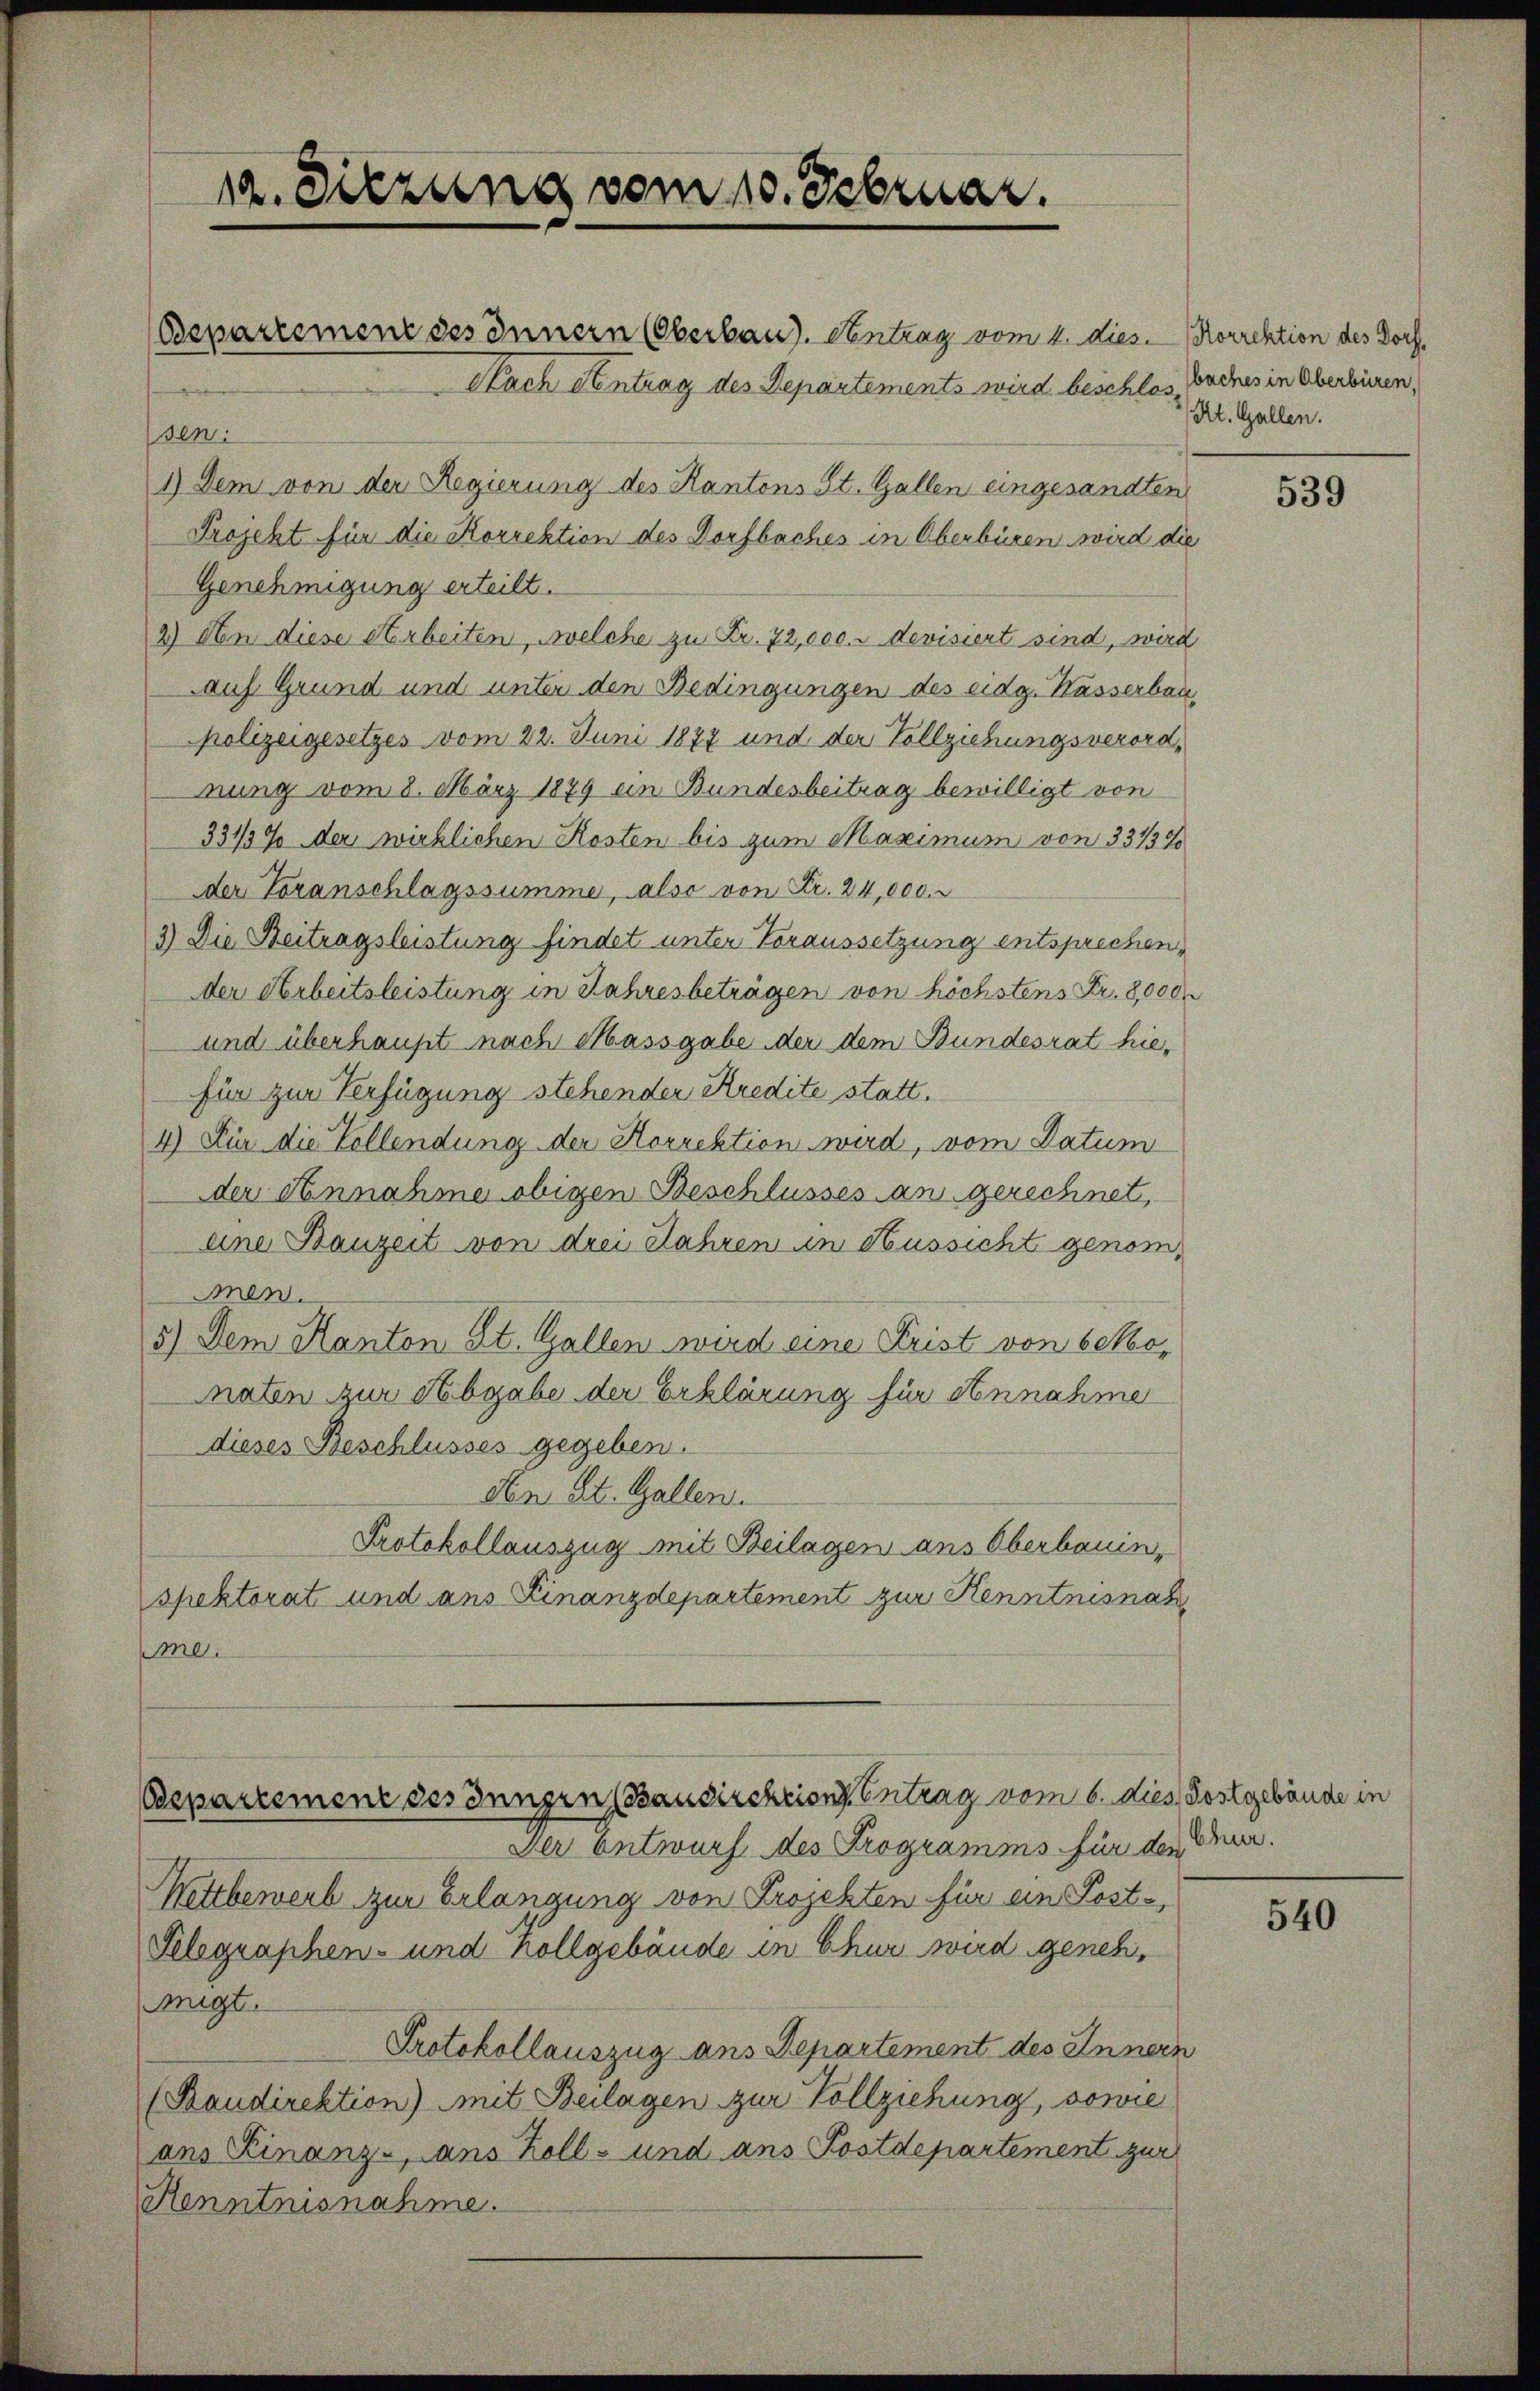
12. Diezung vom 10. Februar.

Bepartement des Inngen Bausischcion Eintrag/Antrag vom 6. dies, Kostgebäude in

Der Entwurf des Programms für der den
Wettbewerb zur Erlangung von Projekten für ein Post-
Pelegraphen- und hollgebäude in Chur wird genehmigt.
Protokollauszug ans Departement des Innern
(Baudirektion) mit Beilagen zur Vollziehung, sowie
ans Kinanz- ans Koll- und ans Postdepartement zur
Henntnisnahme.

Bepartement des Innern (Oberbau). Antrag vom 4. dies. Korrektion des Doch
Nach Steintrag des Departements wird beschlosssen:
1) Dem von der Regierung des Kantons St. Gallen eingesandten
Projekt für die Korrektion des Dorfbaches in Oberbüren wird die
Genehmigung erteilt.
2) An diese Arbeiten, welche zu Fr. 72,000. u devisiert sind, wird
auf Grund und unter den Bedingungen des eidg. Kasserbau-
polizeigesetzes vom 22. Juni 1877 und der Vollziehungsverordnung vom 8. März 1879 ein Bundesbeitrag bewilligt von
3315% der wirklichen Kosten bis zum Maximum von 33137
der Voranschlagssumme, also von Fr. 24,000.
3) Die Beitragsleistung findet unter Voraussetzung entsprechender Arbeitsleistung in Jahresbeträgen von höchstens Fr. 8,000
und überhaupt nach Massgabe der dem Bundesrat hiefür zur Verfügung stehender Kredite statt¬
4) Für die Vollendung der Korrektion wird, vom Datum
der Annahme obigen Beschlusses an gerechnet,
eine Bauzeit von drei Jahren in Aussicht genommen.
5.) Dem Hanton St. Gallen wird eine Frist von bekomnaten zur Abgabe der Erklärung für Annahme
dieses Beschlusses gegeben.
den St. Gallen.
Protokollauszug mit Beilagen ans Oberbauin,
spektorat und ans Finanzdepartement zur Kenntnisnah
me.

baches in Oberbüren,
/ Kt. Gallen.

539

540